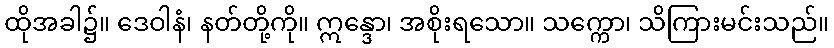
ထိုအခါ၌။ ဒေဝါနံ၊ နတ်တို့ကို။ ဣန္ဒော၊ အစိုးရသော။ သက္ကော၊ သိကြားမင်းသည်။